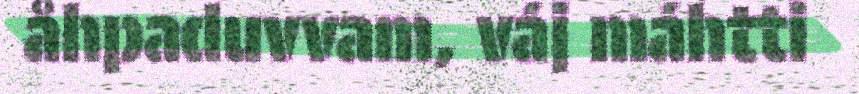
åhpaduvvam, váj máhtti